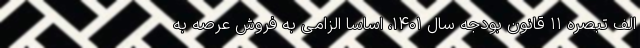
الف تبصره ۱۱ قانون بودجه سال ۱۴۰۱، اساساً الزامی به فروش عرصه به